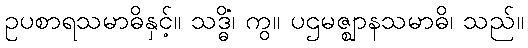
ဥပစာရသမာဓိနှင့်။ သဒ္ဓိံ၊ ကွ။ ပဌမဇ္ဈာနသမာဓိ၊ သည်။